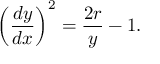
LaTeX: \left( { \frac { d y } { d x } } \right) ^ { 2 } = { \frac { 2 r } { y } } - 1 .